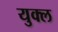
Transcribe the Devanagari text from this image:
युक्ल